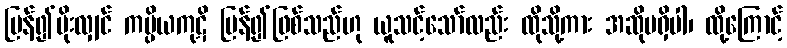
ပြန်၍မိုးလျှင် ကပ္ပိယကုဋိ ပြန်၍ဖြစ်သည်ဟု ယူသင့်သော်လည်း ထိုသို့ကား အဆိုမရှိပါ၊ ထို့ကြောင့်